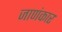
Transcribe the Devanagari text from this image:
जाणंकार